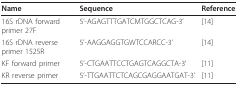
| Name | Sequence | Reference |
 | --- | --- | --- |
 | 16S rDNA forward primer 27F | 5'-AGAGTTTGATCMTGGCTCAG-3' | [14] |
 | 16S rDNA reverse primer 1525R | 5'-AAGGAGGTGWTCCARCC-3' | [14] |
 | KF forward primer | 5'-CTGAATTCCTGAGTCAGGCTA-3' | [11] |
 | KR reverse primer | 5'-TTGAATTCTCAGCGAGGAATGAT-3' | [11] |